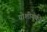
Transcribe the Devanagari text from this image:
योशीयुकी